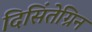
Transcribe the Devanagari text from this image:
दिसिंतेग्रिन